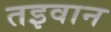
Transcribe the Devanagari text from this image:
तइवान